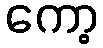
ကော့